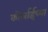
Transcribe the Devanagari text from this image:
कोर्लाईच्या